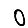
Digit: 0